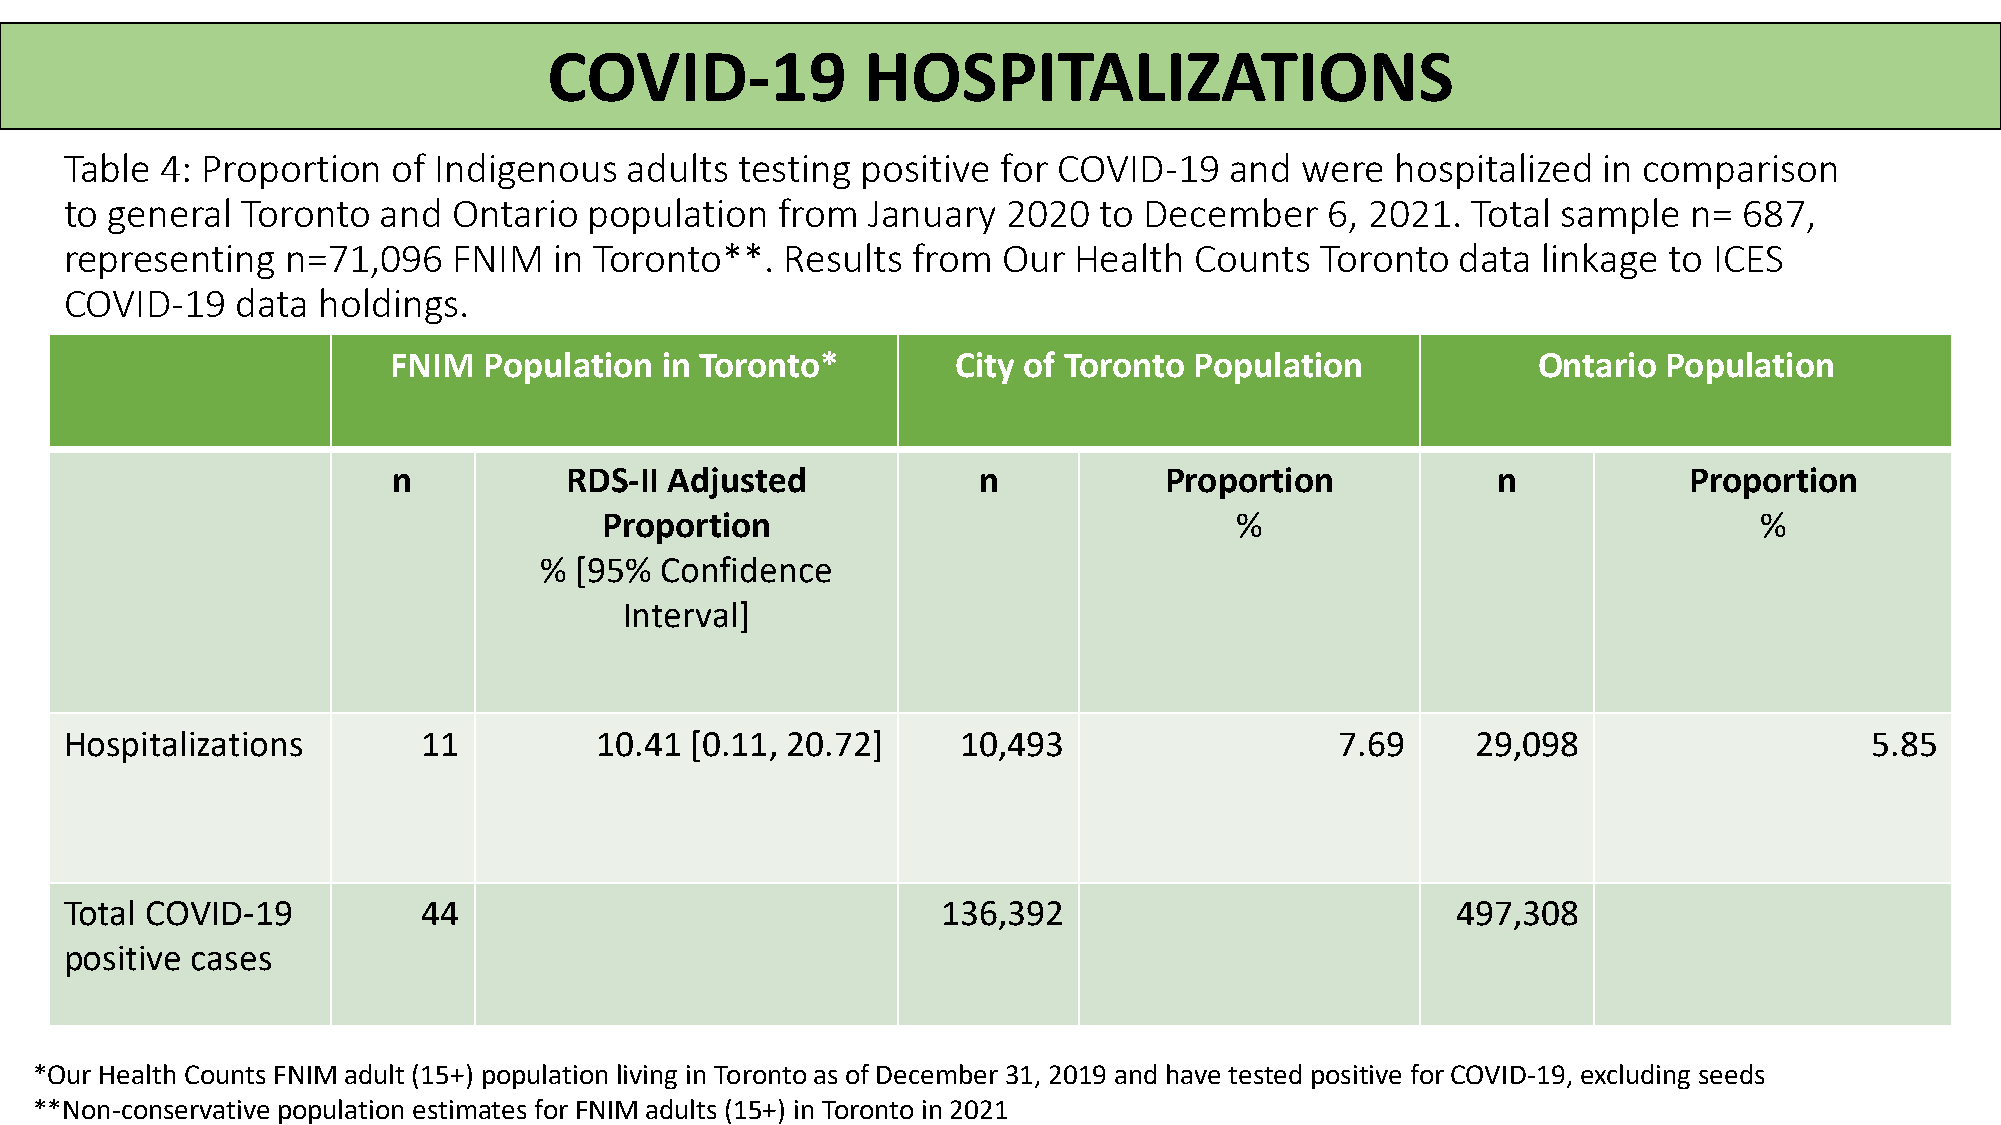
COVID-19             HOSPITALIZATIONS
 Table  4: Proportion  of Indigenous   adults testing positive for COVID-19   and  were  hospitalized  in comparison
 to general  Toronto  and  Ontario  population  from  January   2020  to December    6, 2021. Total sample   n= 687,
 representing   n=71,096   FNIM   in Toronto**.  Results from  Our  Health  Counts  Toronto   data linkage to ICES
 COVID-19    data holdings.
 FNIM  Population  in Toronto*        City of Toronto Population             Ontario Population
 n          RDS-II Adjusted             n           Proportion            n            Proportion
 Proportion                                %                                 %
 % [95%  Confidence
 Interval]
 Hospitalizations        11         10.41  [0.11, 20.72]    10,493                    7.69     29,098                    5.85
 Total COVID-19          44                                136,392                           497,308
 positive cases
 *Our Health Counts FNIM adult (15+) population living in Toronto as of December 31, 2019 and have tested positive for COVID-19, excluding seeds
 **Non-conservative population estimates for FNIM adults (15+) in Toronto in 2021